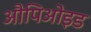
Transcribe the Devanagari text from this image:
औपिओइड